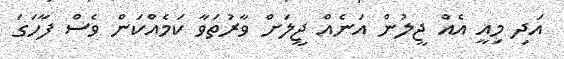
އަދި މިއީ އެއް ޖީލުން އަނެއް ޖީލަށް ވާރުތަވާ ކަމެއްކަން ވެސް ފާހަގަ